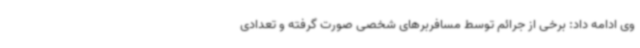
وی ادامه داد: برخی از جرائم توسط مسافربرهای شخصی صورت گرفته و تعدادی